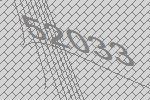
52033